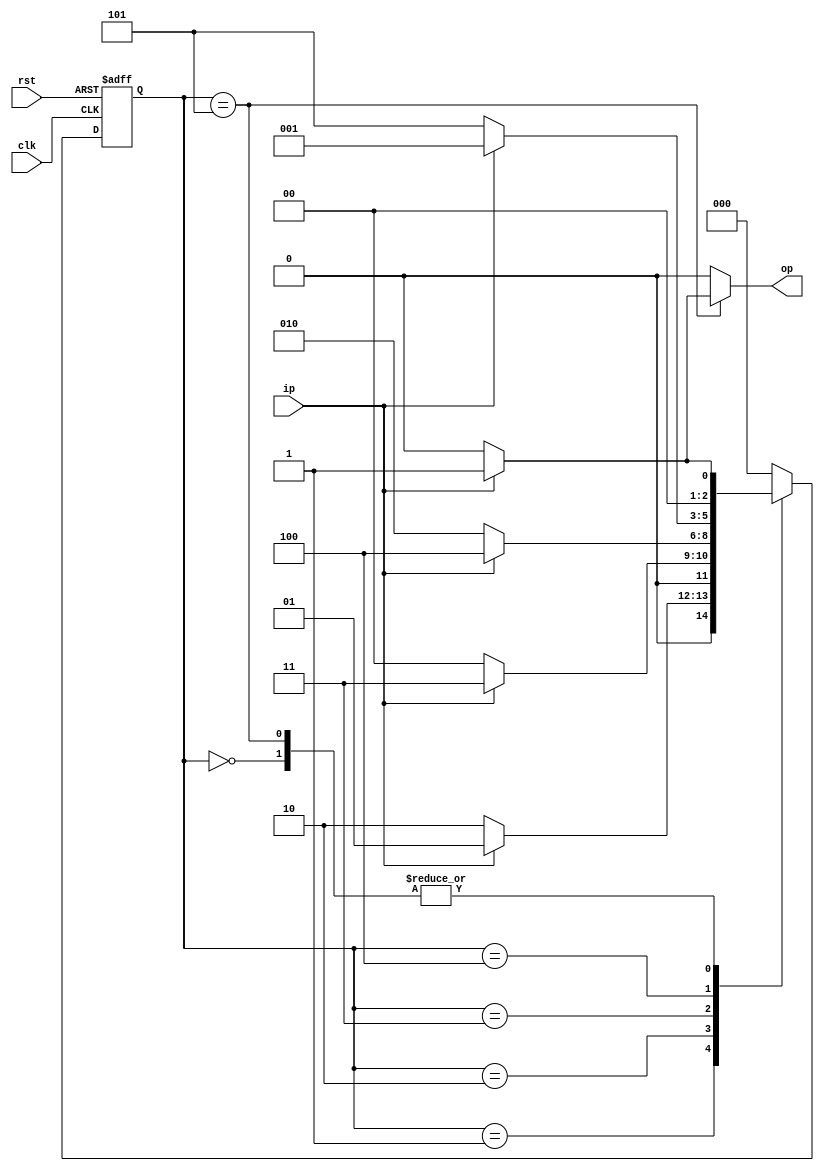
module sequence_detector(rst,clk,ip,op);

	output reg op;
 	input clk, rst, ip;

	 reg [2:0] state;
	 reg [2:0] next_state;

	 parameter [2:0] s0=3'b000;
	 parameter [2:0] s1=3'b001;
	 parameter [2:0] s2=3'b010;
	 parameter [2:0] s3=3'b011;
	 parameter [2:0] s4=3'b100;
	 parameter [2:0] s5=3'b101;

	 always @(posedge clk, posedge rst)
	 begin
		if (rst)
   			state=s0;
  		else
   			state=next_state;
	 end

	 always @(state, next_state)
	 begin
	 	case(state)
		s0:
			if (ip)
   			begin
    				next_state=s1;
    				op=1'b0;
   			end
   			else
   			begin
    				next_state=s0;
    				op=1'b0;
   			end
  
  		s1:
   			if (ip)
   			begin
    				next_state=s1;
    				op=1'b0;
   			end
   			else
   			begin
    				next_state=s2;
    				op=1'b0;
   			end

  		s2:
   			if (ip)
   			begin
    				next_state=s3;
    				op=1'b0;
   			end
   			else
   			begin
    				next_state=s0;
    				op=1'b0;
   			end
  
  		s3:
   			if (ip)
   			begin
    				next_state=s4;
    				op=1'b0;
   			end
   			else
   			begin
    				next_state=s2;
    				op=1'b0;
   			end

  		s4:
   			if (ip)
   			begin 
    				next_state=s1;
    				op=1'b0;
   			end
   			else
   			begin
    				next_state=s5;
    				op=1'b0;
   			end
  
  		s5:
   			if (ip)
   			begin
    				next_state=s1;
    				op=1'b1;
   			end
   			else
   			begin
    				next_state=s0;
    				op=1'b0;
   			end

  		default:
   			begin
           			next_state=s0;
           			op=1'b0;
   			end
  		endcase
 	end
endmodule